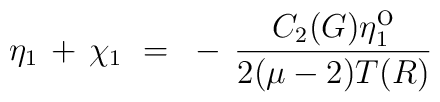
\eta_1 \, + \, \chi_1 ~=~ - \, \frac{C_2(G) \eta^{\mbox{o}}_1}{2(\mu-2)T(R)}